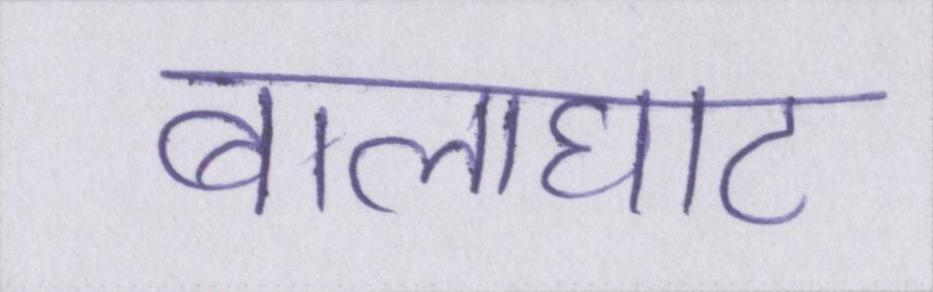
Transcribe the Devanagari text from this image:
बालाघाट